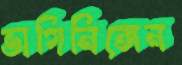
ভাগিনিঙ্গেন